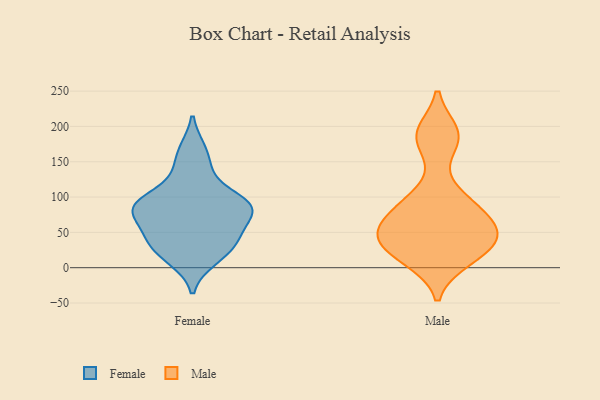
{"axis": {"x": "Population (Million)", "y": "Value"}, "legend": ["Female", "Male"], "data": [{"x": "", "y": 135, "type": "Female"}, {"x": "", "y": 92, "type": "Female"}, {"x": "", "y": 86, "type": "Female"}, {"x": "", "y": 38, "type": "Female"}, {"x": "", "y": 25, "type": "Female"}, {"x": "", "y": 166, "type": "Female"}, {"x": "", "y": 85, "type": "Female"}, {"x": "", "y": 60, "type": "Female"}, {"x": "", "y": 85, "type": "Female"}, {"x": "", "y": 91, "type": "Female"}, {"x": "", "y": 12, "type": "Female"}, {"x": "", "y": 44, "type": "Female"}, {"x": "", "y": 55, "type": "Male"}, {"x": "", "y": 11, "type": "Male"}, {"x": "", "y": 192, "type": "Male"}, {"x": "", "y": 190, "type": "Male"}, {"x": "", "y": 85, "type": "Male"}, {"x": "", "y": 53, "type": "Male"}, {"x": "", "y": 25, "type": "Male"}, {"x": "", "y": 33, "type": "Male"}, {"x": "", "y": 175, "type": "Male"}, {"x": "", "y": 14, "type": "Male"}, {"x": "", "y": 101, "type": "Male"}, {"x": "", "y": 64, "type": "Male"}, {"x": "", "y": 49, "type": "Male"}, {"x": "", "y": 90, "type": "Male"}, {"x": "", "y": 43, "type": "Male"}]}